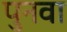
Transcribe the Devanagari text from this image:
पुनवा